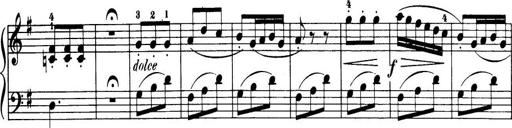
Title: 32 Sonatinas and Rondos for the Piano
Composer: Richard Kleinmichel